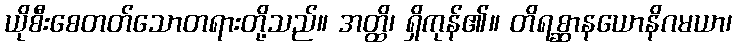
ယိုစီးစေတတ်သောတရားတို့သည်။ အတ္ထိ၊ ရှိကုန်၏။ တိရစ္ဆာနယောနိဂမယာ၊